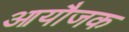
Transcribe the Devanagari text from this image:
आयौजक